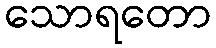
သောရတော